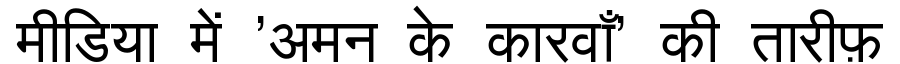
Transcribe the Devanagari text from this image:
मीडिया में 'अमन के कारवाँ' की तारीफ़